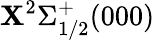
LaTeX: \mathbf{X}^{2}\Sigma_{1/2}^{+}(000)